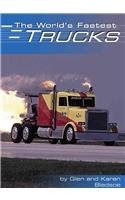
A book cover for The World's Fastest Trucks (Built for Speed); Karen E. Bledsoe; Engineering & Transportation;